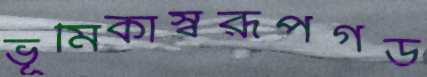
ভূমিকাস্বরূপগড